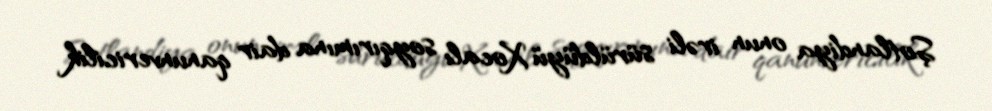
Şotlandiya onun irəli sürüldüyü Xocalı soyqırımına dair qanunvericilik